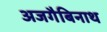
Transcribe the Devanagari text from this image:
अजगैबिनाथ